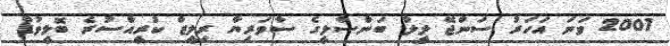
2007 ވަނަ އަހަރު ސަންޖޭ ލީލާ ބަންސާލީގެ ސާވަރިޔާ ރިލީޒް ކުރީއްސުރެ ބޮލީވުޑް